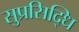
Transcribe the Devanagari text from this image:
सुप्रसिद्धि